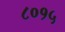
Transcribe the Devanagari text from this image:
८०१५